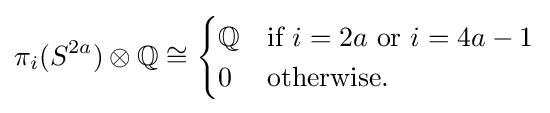
\pi _{i}(S^{2a})\otimes \mathbb {Q} \cong {\begin{cases}\mathbb {Q} &{\text{if }}i=2a{\text{ or }}i=4a-1\\0&{\text{otherwise.}}\end{cases}}